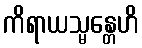
ကိရာယသ္မန္တေဟိ